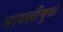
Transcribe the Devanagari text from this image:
सावलीमुळे